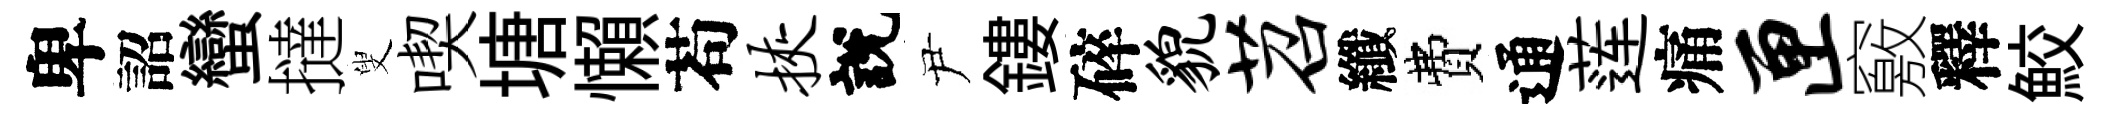
卑詔蠻撻叟喫塘懶苟挟說尹鏤碎貌苕纖費通莲痛匣竅釋鮫